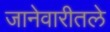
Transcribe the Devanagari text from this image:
जानेवारीतले